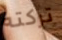
تركته